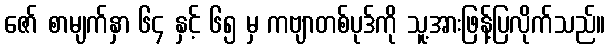
ဇော် စာမျက်နှာ ၆၄ နှင့် ၆၅ မှ ကဗျာတစ်ပုဒ်ကို သူ့အားဖြန့်ပြလိုက်သည်။